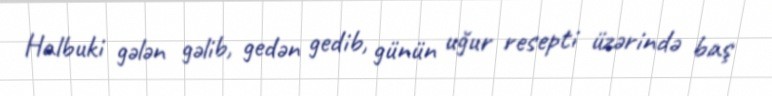
Halbuki gələn gəlib, gedən gedib, günün uğur resepti üzərində baş